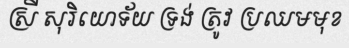
ស្រី សុរិយោទ័យ ទ្រង់ ត្រូវ ប្រឈមមុខ